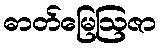
ဓာတ်မြေဩဇာ